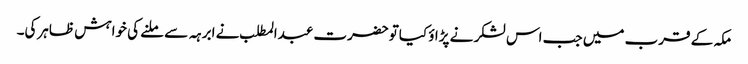
مکہ کے قرب میں جب اس لشکر نے پڑاؤ کیاتوحضرت عبدالمطلب نے ابرہہ سے ملنے کی خواہش ظاہرکی۔